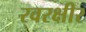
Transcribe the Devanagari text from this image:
रवरक्षीर